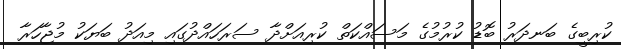
ކުރިބީގެ ބަނދަރު ބޮޑު ކުރުމުގެ މަސައްކަތް ކުރިއަށްދާ ސަރަހައްދުގައި މިއަދު ބަޔަކު މުޖާހަރާ